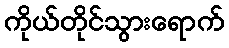
ကိုယ်တိုင်သွားရောက်